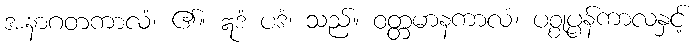
အနာဂတကာလံ၊ ၏။ ဣဒံ ပဒံ၊ သည်။ ဝတ္တမာနကာလံ၊ ပစ္စုပ္ပန်ကာလနှင့်